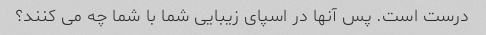
درست است. پس آنها در اسپای زیبایی شما با شما چه می کنند؟